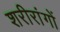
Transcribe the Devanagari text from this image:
शरीरांगों